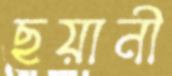
ছয়ানী